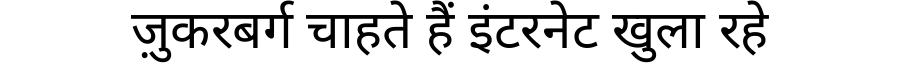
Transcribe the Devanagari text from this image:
ज़ुकरबर्ग चाहते हैं इंटरनेट खुला रहे